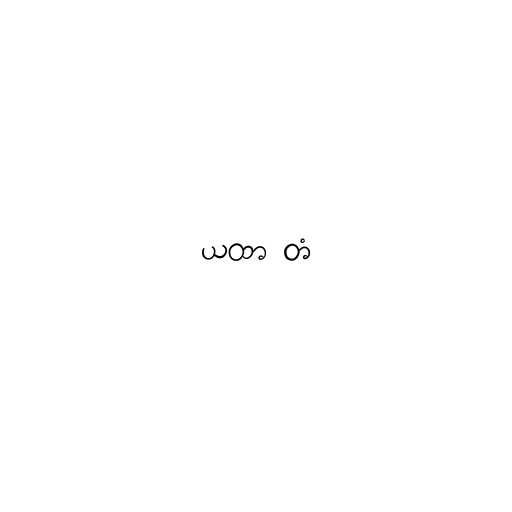
ယထာ တံ